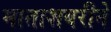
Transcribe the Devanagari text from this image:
माताशबरीने